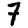
Digit: 7